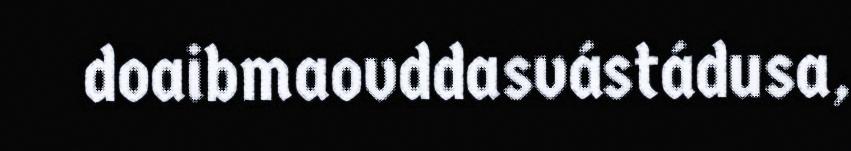
doaibmaovddasvástádusa,